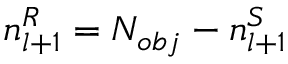
n _ { l + 1 } ^ { R } = N _ { o b j } - n _ { l + 1 } ^ { S }